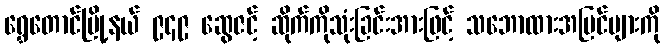
ရွှေတောင်မြို့နယ် ၉၄၉ ဆွေဇင့် ဆိုက်ကိုသုံးခြင်းအားဖြင့် သဘောထားအမြင်များကို